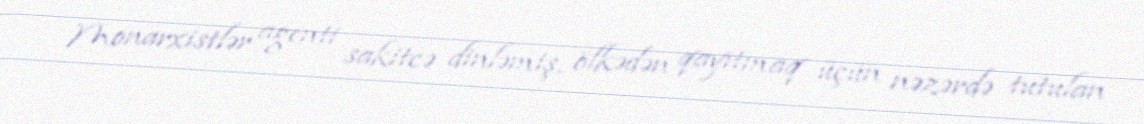
Monarxistlər agenti sakitcə dinləmiş, ölkədən qayıtmaq üçün nəzərdə tutulan